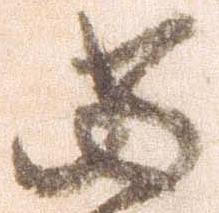
当